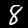
Digit: 8